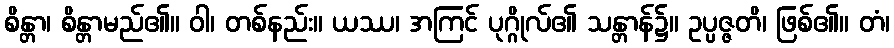
စိန္တာ၊ စိန္တာမည်၏။ ဝါ၊ တစ်နည်း။ ယဿ၊ အကြင် ပုဂ္ဂိုလ်၏ သန္တာန်၌။ ဥပ္ပဇ္ဇတိ၊ ဖြစ်၏။ တံ၊